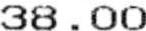
38.00